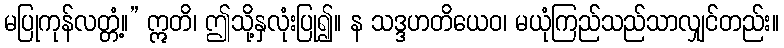
မပြုကုန်လတ္တံ့။” ဣတိ၊ ဤသို့နှလုံးပြု၍။ န သဒ္ဒဟတိယေဝ၊ မယုံကြည်သည်သာလျှင်တည်း။